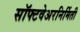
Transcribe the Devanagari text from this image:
सॉफ्टवेअरनिर्मिती